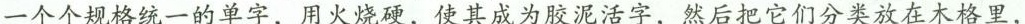
一个个规格统一的单字，用火烧硬，使其成为胶泥活字，然后把它们分类放在木格里，